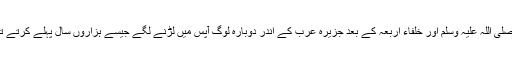
نبى صلى اللہ علیہ وسلم اور خلفاء اربعہ کے بعد جزیره عرب کے اندر دوباره لوگ آپس میں لڑنے لگے جیسے ہزاروں سال پہلے کرتے تھے۔